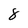
Character: 8